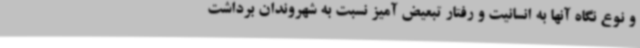
و نوع نگاه آنها به انسانیت و رفتار تبعیض آمیز نسبت به شهروندان برداشت